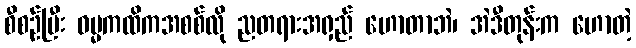
စီစဉ်ပြီး ဓမ္မကထိကအစစ်လို ညတရားအရှည် ဟောတာဘဲ၊ အဲဒီတုန်းက ဟောတဲ့